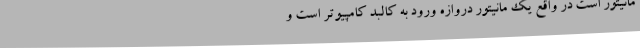
مانیتور است در واقع یک مانیتور دروازه ورود به کالبد کامپیوتر است و